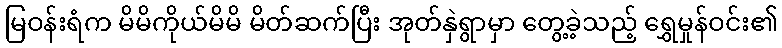
မြဝန်းရံက မိမိကိုယ်မိမိ မိတ်ဆက်ပြီး အုတ်နှဲရွာမှာ တွေ့ခဲ့သည့် ရွှေမှုန်ဝင်း၏